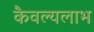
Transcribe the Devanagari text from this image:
कैवल्यलाभ